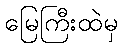
မြေကြီးထဲမှ